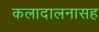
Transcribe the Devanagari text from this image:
कलादालनासह